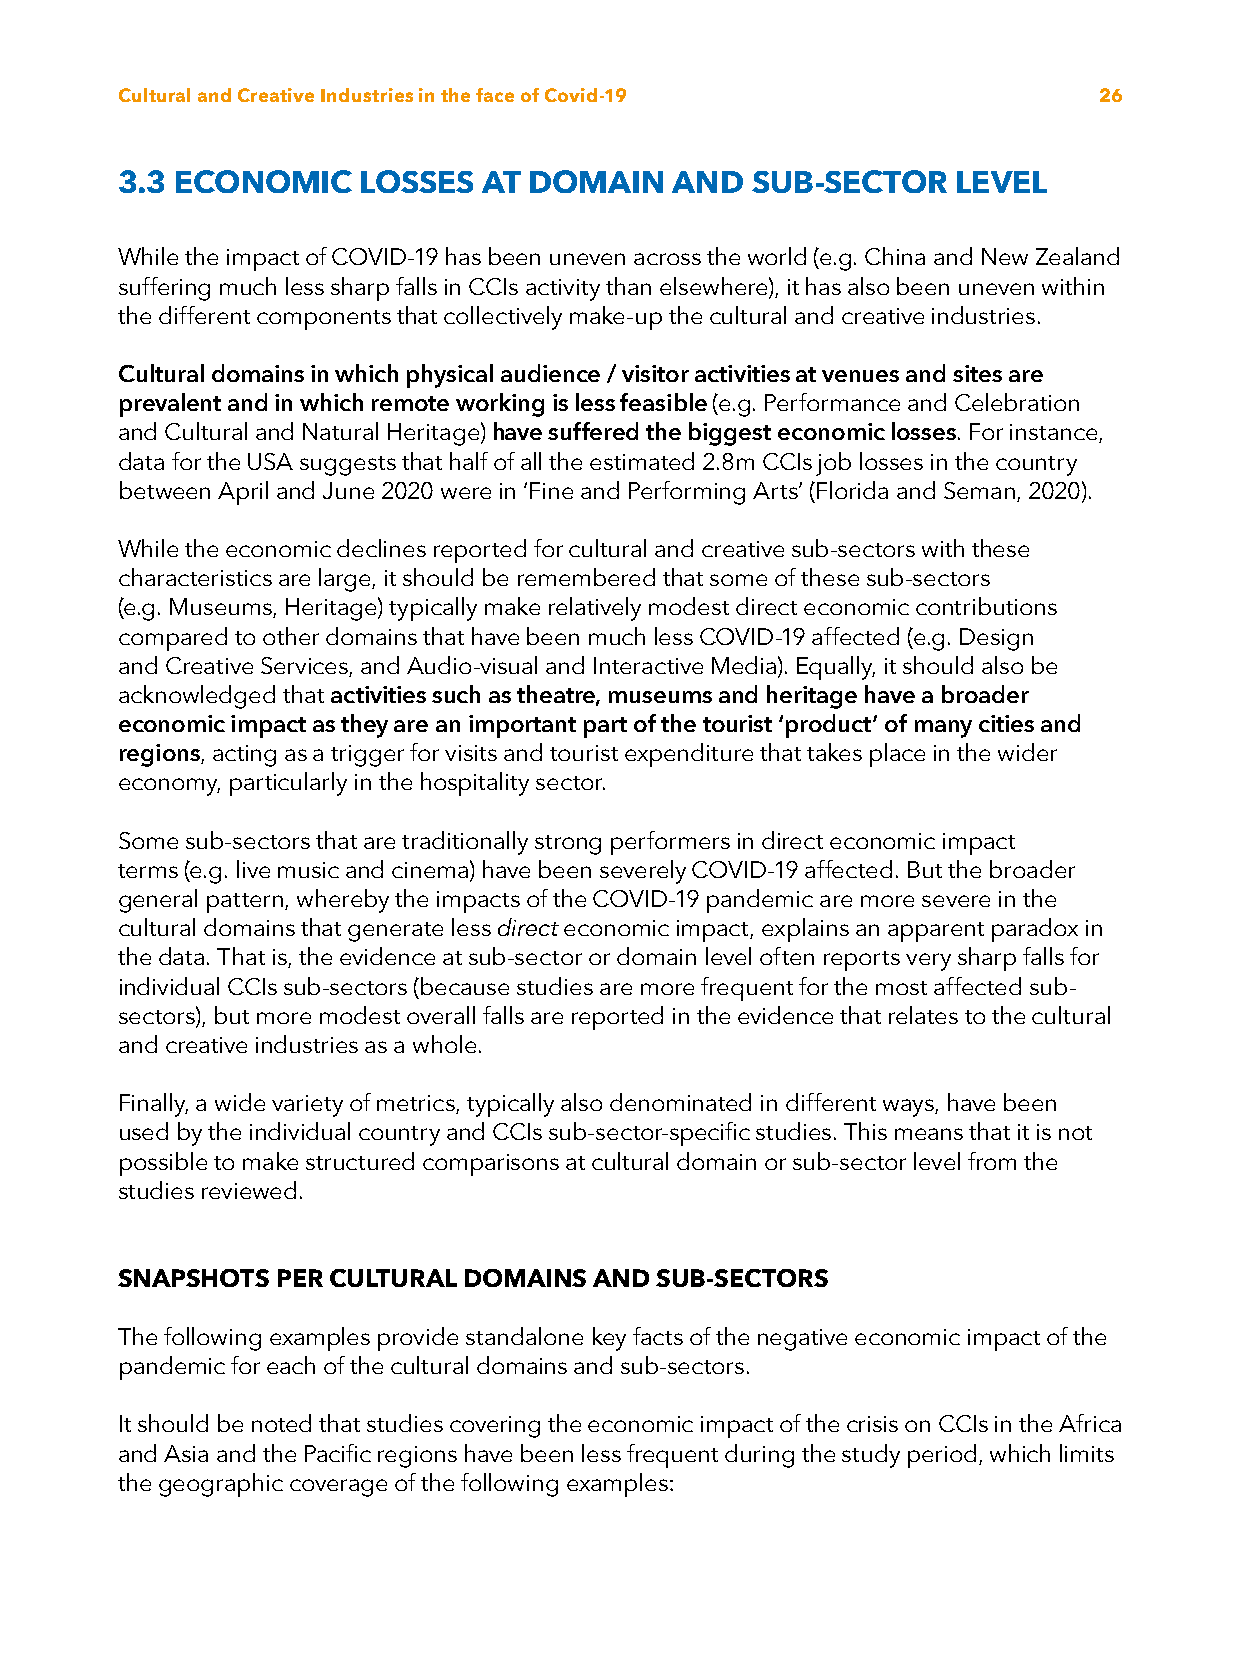
Cultural and Creative Industries in the face of Covid-19         26
 3.3 ECONOMIC    LOSSES  AT DOMAIN    AND  SUB-SECTOR   LEVEL
 While the impact of COVID-19 has been uneven across the world (e.g. China and New Zealand
 suffering much less sharp falls in CCIs activity than elsewhere), it has also been uneven within
 the different components that collectively make-up the cultural and creative industries.
 Cultural domains in which physical audience / visitor activities at venues and sites are
 prevalent and in which remote working is less feasible (e.g. Performance and Celebration
 and Cultural and Natural Heritage) have suffered the biggest economic losses. For instance,
 data for the USA suggests that half of all the estimated 2.8m CCIs job losses in the country
 between April and June 2020 were in ‘Fine and Performing Arts’ (Florida and Seman, 2020).
 While the economic declines reported for cultural and creative sub-sectors with these
 characteristics are large, it should be remembered that some of these sub-sectors
 (e.g. Museums, Heritage) typically make relatively modest direct economic contributions
 compared to other domains that have been much less COVID-19 affected (e.g. Design
 and Creative Services, and Audio-visual and Interactive Media). Equally, it should also be
 acknowledged that activities such as theatre, museums and heritage have a broader
 economic impact as they are an important part of the tourist ‘product’ of many cities and
 regions, acting as a trigger for visits and tourist expenditure that takes place in the wider
 economy, particularly in the hospitality sector.
 Some sub-sectors that are traditionally strong performers in direct economic impact
 terms (e.g. live music and cinema) have been severely COVID-19 affected. But the broader
 general pattern, whereby the impacts of the COVID-19 pandemic are more severe in the
 cultural domains that generate less direct economic impact, explains an apparent paradox in
 the data. That is, the evidence at sub-sector or domain level often reports very sharp falls for
 individual CCIs sub-sectors (because studies are more frequent for the most affected sub-
 sectors), but more modest overall falls are reported in the evidence that relates to the cultural
 and creative industries as a whole.
 Finally, a wide variety of metrics, typically also denominated in different ways, have been
 used by the individual country and CCIs sub-sector-specific studies. This means that it is not
 possible to make structured comparisons at cultural domain or sub-sector level from the
 studies reviewed.
 SNAPSHOTS PER CULTURAL DOMAINS AND SUB-SECTORS
 The following examples provide standalone key facts of the negative economic impact of the
 pandemic for each of the cultural domains and sub-sectors.
 It should be noted that studies covering the economic impact of the crisis on CCIs in the Africa
 and Asia and the Pacific regions have been less frequent during the study period, which limits
 the geographic coverage of the following examples: